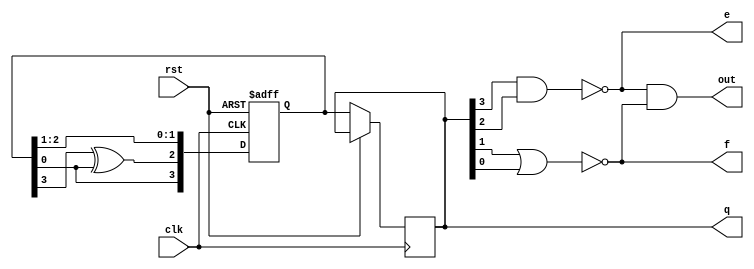
module lfsr_4bit_and_gate (
    input clk,
    input rst,
    output reg [3:0] q,
    output out,e,f
);

reg [3:0] reg_q;
wire [3:0] q_wires;
//wire nand_out;

always @(posedge clk or posedge rst)
begin
    if (rst)
        reg_q <= 4'b0001;
    else begin
       reg_q <= {reg_q[0], reg_q[3] ^ reg_q[0],reg_q[2], reg_q[1]};
        q <= reg_q;
    end
end

assign q_wires = q;
wire e, f;
  nand(e, q_wires[3], q_wires[2]);
  nor (f, q_wires[1], q_wires[0]);
  and( out,e,f);

endmodule